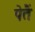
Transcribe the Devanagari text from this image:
पेतैं